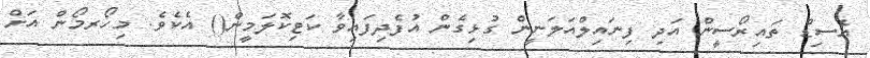
އެސިޑް ތައިރޯސީން އަދި ފިނައިލްއަލަނީން ގުޅިގެން އުފެދިފައިވާ ކަޓިކޮލަމީން() އެކެވެ. މިހޯރމޯން އަށް